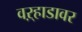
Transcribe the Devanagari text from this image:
वऱ्हाडावर